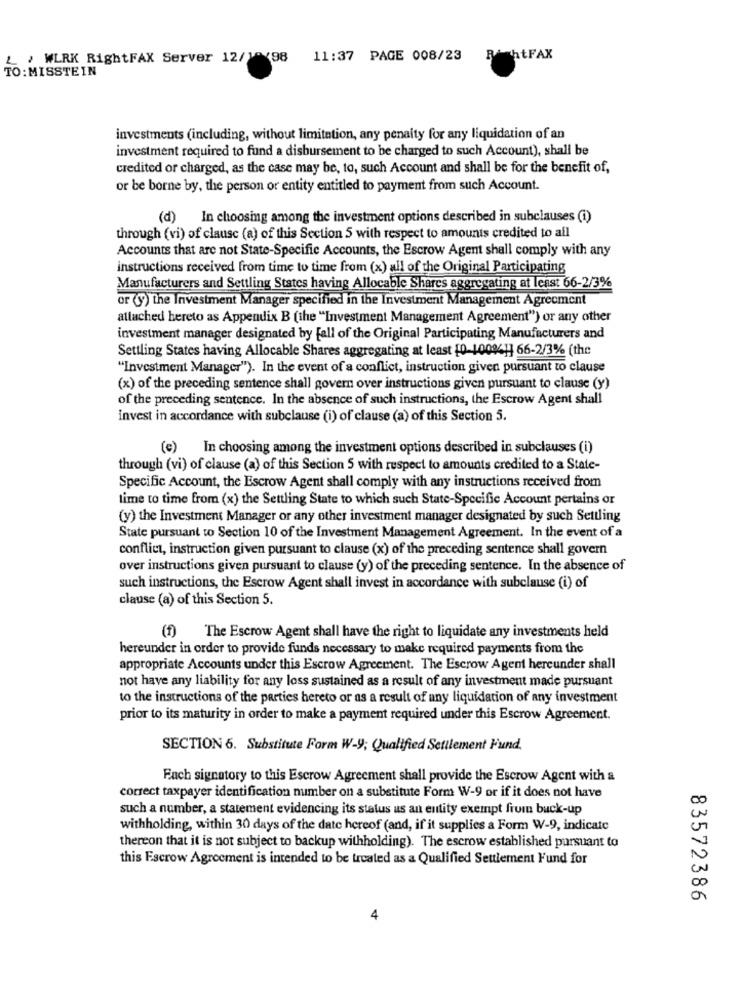
' WLRK RightFAX Server 12/1ª/98 11:37 PAGE 008/23
R htFAX
TO:MISSTEIN
investments (including, without limitation, any penalty for any liquidation of an
investment required to fund a disbursement to be charged to such Account), shall be
credited or charged, as the case may be, to, such Account and shall be for the benefit of,
or be borne by, the person or entity entitled to payment from such Account.
(d) In choosing among the investment options described in subclauses (i)
through (vi) of clausc (a) of this Section 5 with respect to amounts credited to all
Accounts that are not State-Specific Accounts, the Escrow Agent shall comply with any
instructions received from time to time from (x) all of the Original Participating
Manufacturers and Settling States having Allocable Shares aggregating at least 66-2/3%
or (y) the Investment Manager specified in the Investment Management Agreement
attached hereto as Appendix B (the "Investment Management Agreement") or any other
investment manager designated by fall of the Original Participating Manufacturers and
Settling States having Allocable Shares aggregating at least (0-100941 66-2/3% (the
"Investment Manager"). In the event of a conflict, instruction given pursuant to clause
(x) of the preceding sentence shall govern over instructions given pursuant to clause (y)
of the preceding sentence. In the absence of such instructions, the Escrow Agent shall
invest in accordance with subclause (i) of clause (a) of this Section 5.
(e) In choosing among the investment options described in subclauses (i)
through (vi) of clause (a) of this Section 5 with respect to amounts credited to a State-
Specific Account, the Escrow Agent shall comply with any instructions received from
time to time from (x) the Settling State to which such State-Specific Account pertains or
(y) the Investment Manager or any other investment manager designated by such Settling
State pursuant to Section 10 of the Investment Management Agreement. In the event of a
conflict, instruction given pursuant to clause (x) of the preceding sentence shall govern
over instructions given pursuant to clause (y) of the preceding sentence. In the absence of
such instructions, the Escrow Agent shall invest in accordance with subclause (i) of
clause (a) of this Section 5.
(f) The Escrow Agent shall have the right to liquidate any investments held
hereunder in order to provide funds necessary to make required payments from the
appropriate Accounts under this Escrow Agreement. The Escrow Agent hereunder shall
not have any liability for any loss sustained as a result of any investment made pursuant
to the instructions of the parties hereto or as a result of any liquidation of any investment
prior to its maturity in order to make a payment required under this Escrow Agreement.
SECTION 6. Substitute Form W-y; Qualified Settlement Fund,
Fach signatory to this Escrow Agreement shall provide the Escrow Agent with a
correct taxpayer identification number on a substitute Form W-9 or if it does not have
such a number, a statement evidencing its status us an entity exempt from buck-up
withholding, within 30 days of the date hereof (and, if it supplies a Form W-9, indicate
thereon that it is not subject to backup withholding). The escrow established pursuant to
this Escrow Agreement is intended to be treated as a Qualified Settlement Fund for
83572386
4